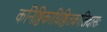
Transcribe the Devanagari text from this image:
कनिष्ठिकाधिष्ठितकालिदासः